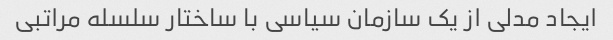
ایجاد مدلی از یک سازمان سیاسی با ساختار سلسله مراتبی